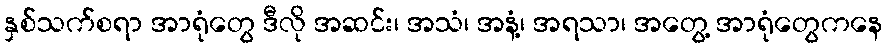
နှစ်သက်စရာ အာရုံတွေ ဒီလို အဆင်း၊ အသံ၊ အနံ့၊ အရသာ၊ အတွေ့ အာရုံတွေကနေ